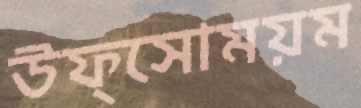
উফ্সোময়ম